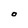
Character: O